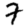
Digit: 7